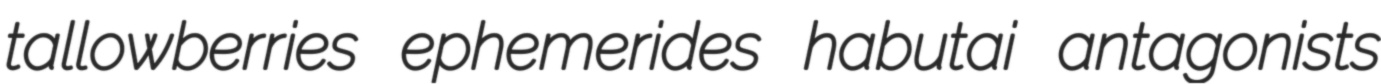
tallowberries ephemerides habutai antagonists